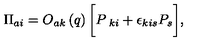
\Pi _ { a i } = O _ { a k } \left( q \right) \biggl [ P _ { \ k i } + \epsilon _ { k i s } P _ { s } \biggr ] ,